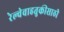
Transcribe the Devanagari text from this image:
रेल्वेवाहतुकीसाठी